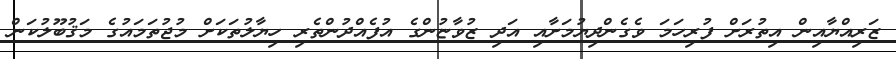
ޒަރިއްޔާއިން އިތުރަށް ފުރިހަމަ ވެގެންދިޔުމަށާއި އަދި ޒުވާޏުންގެ އުފެއްދުންތެރި ހިޔާލުތަކަށް މުޖުތަމައުގެ މަޤުބޫލުކަން